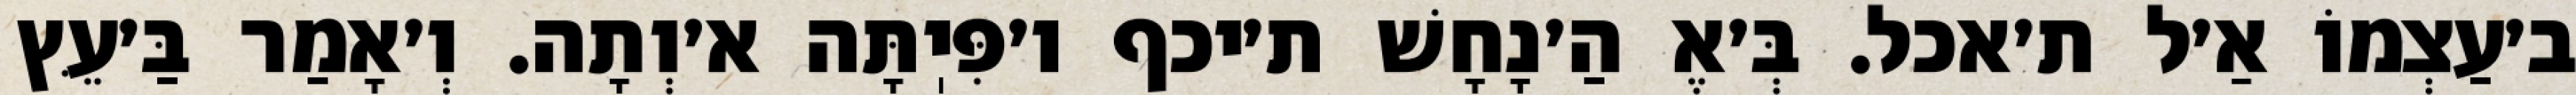
ב׳עַצְמוֹ אַ׳ל ת׳אכל. בְּ׳אֶ הַ׳נָחָשׁ ת׳יכף ו׳פִּיֽתָּה א׳וְתָה. וְ׳אָמַר בַּ׳עֵּץ